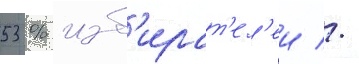
53 % изб'ират'ел'еи //